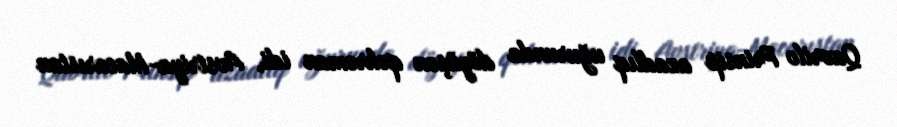
Qavrilo Prinsip azadlıq uğurunda döyüşən qəhrəman idi, Avstriya-Macarıstan